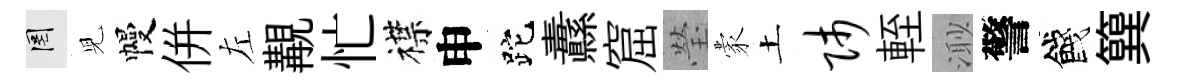
罔児幔併左覯忙襟申跎纛窟瑩蒙土师輊𣺌警餞簨